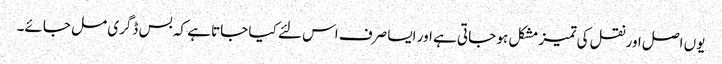
یوں اصل اور نقل کی تمیز مشکل ہو جاتی ہے اور ایسا صرف اس لئے کیا جاتا ہے کہ بس ڈگری مل جائے۔